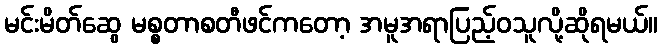
မင်းမိတ်ဆွေ မစ္စတာစတီဖင်ကတော့ အမူအရာပြည့်ဝသူလို့ဆိုရမယ်။